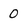
Character: 0